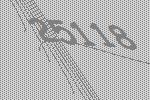
25118